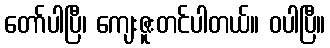
တော်ပါပြီ၊ ကျေးဇူးတင်ပါတယ်။ ဝပါပြီ။